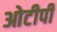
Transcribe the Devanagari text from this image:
ओटीपी